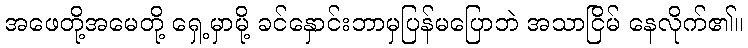
အဖေတို့အမေတို့ ရှေ့မှာမို့ ခင်နှောင်းဘာမှပြန်မပြောဘဲ အသာငြိမ် နေလိုက်၏။